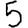
Digit: 5